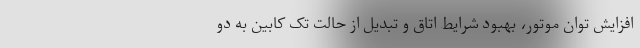
افزایش توان موتور، بهبود شرایط اتاق و تبدیل از حالت تک کابین به دو